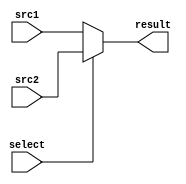
module MUX2to1(
	input      src1,
	input      src2,
	input	   select,
	output reg result
	);
/* Write your code HERE */
	always @(*) begin
		if (select) begin
			result <= src2;
		end else begin
			result <= src1;
		end
	end
endmodule